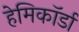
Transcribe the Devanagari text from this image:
हेमिकॉर्डा